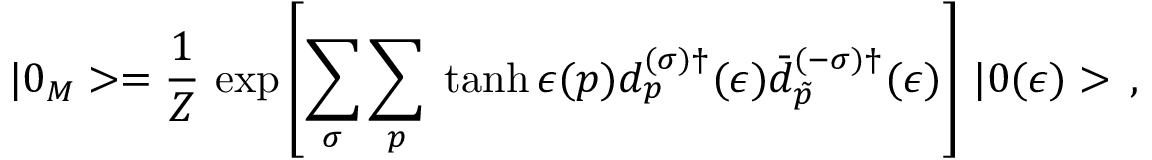
| 0 _ { M } > = \frac { 1 } { Z } \, \exp \left[ { \sum _ { \sigma } \sum _ { p } \; \operatorname { t a n h } \epsilon ( p ) d _ { p } ^ { ( \sigma ) \dagger } ( \epsilon ) \bar { d } _ { \tilde { p } } ^ { ( - \sigma ) \dagger } } ( \epsilon ) \right] \, | 0 ( \epsilon ) > \, { , }